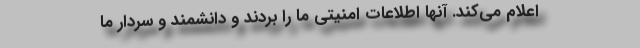
اعلام می‌کند. آنها اطلاعات امنیتی ما را بردند و دانشمند و سردار ما